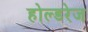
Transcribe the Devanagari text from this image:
होल्डरेज